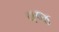
વજ